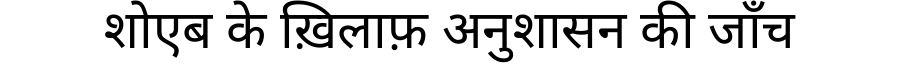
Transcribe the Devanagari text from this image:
शोएब के ख़िलाफ़ अनुशासन की जाँच